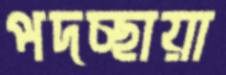
পদচ্ছায়া